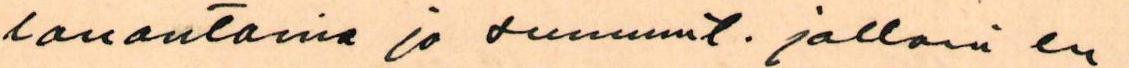
lauantaina ja sunnunt. jolloin en